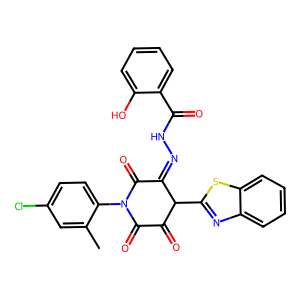
SMILES: Cc1cc(Cl)ccc1N1C(=O)C(=O)C(c2nc3ccccc3s2)C(=NNC(=O)c2ccccc2O)C1=O
Inhibits HIV replication: No